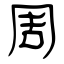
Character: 周